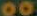
00